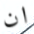
ان